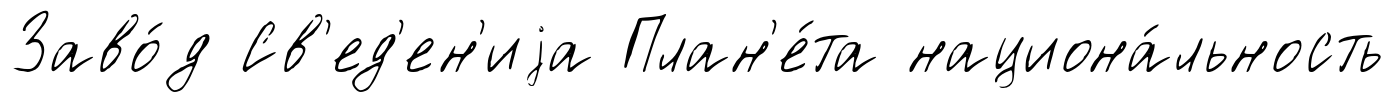
Заво́д Св'ед'ен'иjа План'е́та национа́льность